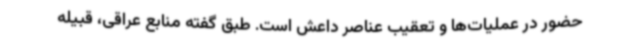
حضور در عملیات‌ها و تعقیب عناصر داعش است. طبق گفته منابع عراقی، قبیله